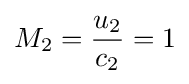
M_{2}={\frac {u_{2}}{c_{2}}}=1